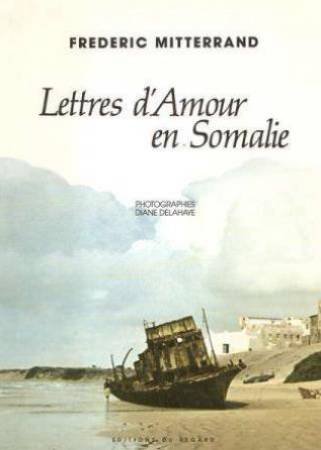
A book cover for Lettres d'amour en Somalie (French Edition); Frederic Mitterrand; Travel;